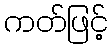
ကတ်ဖြင့်